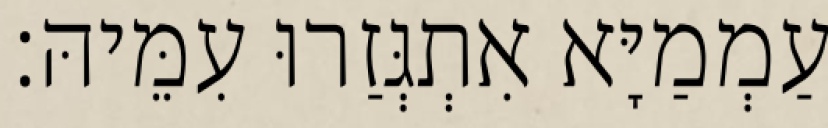
עַמְמַיָּא אִתְגְּזַרוּ עִמֵּיהּ׃